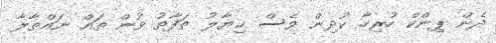
ދެން ޕިންކް ހުރިހާ ކުދިން ވެސް ޚިޔާލު ތަފާތު ވުން ތައް ނައްތާލާ